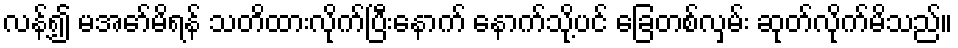
လန့်၍ မအော်မိရန် သတိထားလိုက်ပြီးနောက် နောက်သို့ပင် ခြေတစ်လှမ်း ဆုတ်လိုက်မိသည်။